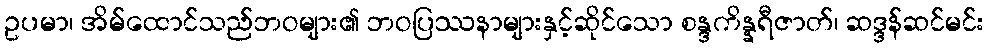
ဥပမာ၊ အိမ်ထောင်သည်ဘဝများ၏ ဘဝပြဿနာများနှင့်ဆိုင်သော စန္ဒကိန္နရီဇာတ်၊ ဆဒ္ဒန်ဆင်မင်း